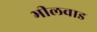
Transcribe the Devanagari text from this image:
भीलवाड